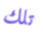
تلك